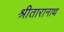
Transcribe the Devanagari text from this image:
श्रीतारानाथ